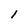
Character: l